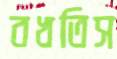
বখতিস